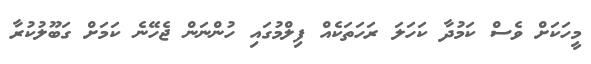
މީހަކަށް ވެސް ކަމުދާ ކަހަލަ ރަހަތަކެއް ފިލްމުގައި ހުންނަން ޖެހޭނެ ކަމަށް ގަބޫލުކުރާ